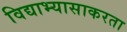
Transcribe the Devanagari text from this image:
विद्याभ्यासाकरता